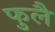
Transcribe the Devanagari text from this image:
फुलै